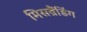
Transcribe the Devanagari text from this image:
मिसब्रैंडिंग